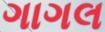
ગાગલ